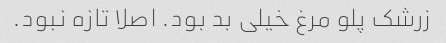
زرشک پلو مرغ خیلی بد بود. اصلا تازه نبود.